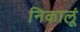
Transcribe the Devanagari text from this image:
निकालूं